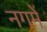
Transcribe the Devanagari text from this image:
नगमें